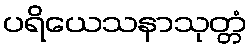
ပရိယေသနာသုတ္တံ